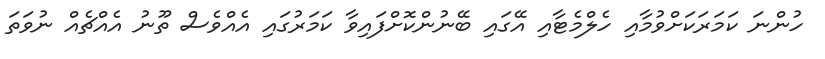
ހުންނަ ކަމަރަކަށްވުމާއި ހެލްމެޓާއި އޭގައި ބޭނުންކޮށްފައިވާ ކަމަރުގައި އެއްވެސް ތޫނު އެއްޗެއް ނުވަތަ